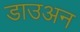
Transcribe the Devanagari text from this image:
डाउअन